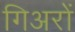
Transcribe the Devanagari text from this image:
गिअरों